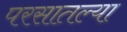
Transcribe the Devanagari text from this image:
परसातल्या